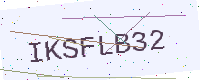
Text: IKSFLB32